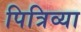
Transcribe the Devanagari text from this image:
पित्रिव्या